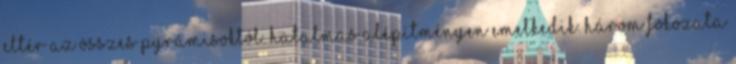
eltér az összes pyrámisoktól. Hatalmas alépítményen emelkedik. Három fokozata